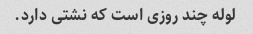
لوله چند روزی است که نشتی دارد.